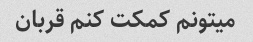
میتونم کمکت کنم قربان